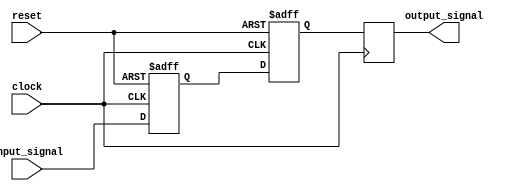
module sequential_logic(
    input wire clock,
    input wire reset,
    input wire input_signal,
    output reg output_signal
);

reg intermediate_signal;
reg temp_input;

// Transparent latch
always @ (posedge clock, posedge reset)
begin
    if (reset)
        intermediate_signal <= 1'b0;
    else
        intermediate_signal <= input_signal;
end

// D flip-flop
always @ (posedge clock, posedge reset)
begin
    if (reset)
        temp_input <= 1'b0;
    else
        temp_input <= intermediate_signal;
end

always @ (posedge clock)
begin
    output_signal <= temp_input;
end

endmodule